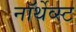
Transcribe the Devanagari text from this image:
नॉर्थेव्स्ट